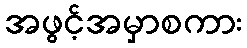
အဖွင့်အမှာစကား